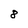
Character: 8